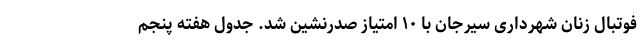
فوتبال زنان شهرداری سیرجان با ۱۰ امتیاز صدرنشین شد. جدول هفته پنجم